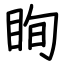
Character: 眴